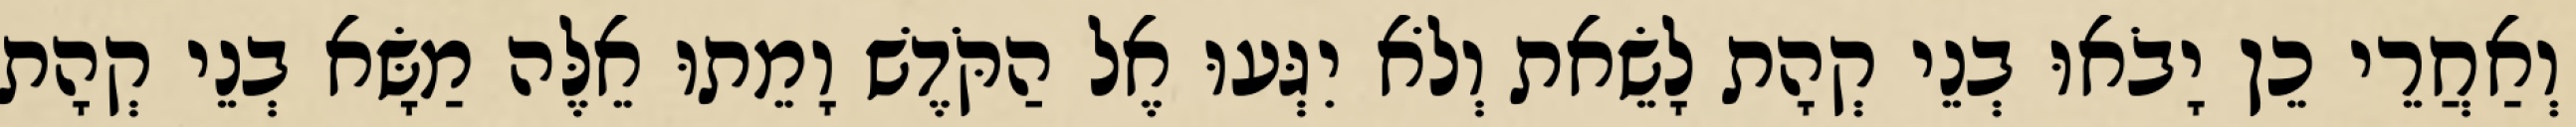
וְאַחֲרֵי כֵן יָבֹאוּ בְנֵי קְהָת לָשֵׂאת וְלֹא יִגְּעוּ אֶל הַקֹּדֶשׁ וָמֵתוּ אֵלֶּה מַשָּׂא בְנֵי קְהָת